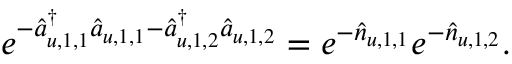
e ^ { - \hat { a } _ { u , 1 , 1 } ^ { \dagger } \hat { a } _ { u , 1 , 1 } - \hat { a } _ { u , 1 , 2 } ^ { \dagger } \hat { a } _ { u , 1 , 2 } } = e ^ { - \hat { n } _ { u , 1 , 1 } } e ^ { - \hat { n } _ { u , 1 , 2 } } .